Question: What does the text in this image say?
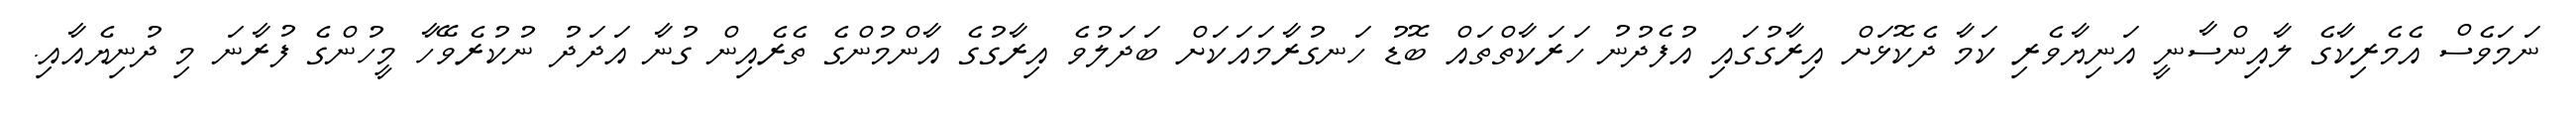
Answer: ނަމަވެސް އެމެރިކާގެ ލާއިންސާނީ އަނިޔާވެރި ކަމާ ދެކޮޅަށް އިރާގުގައި އުފެދުނު ހަރަކާތްތައް ބޮޑު ހަނގުރާމައަކަށް ބަދަލުވެ އިރާގުގެ އާންމުންގެ ތެރެއިން ގުނާ އަދަދު ނުކުރެވޭހާ މީހުންގެ ފުރާނަ މި ދުނިޔެއާއި.